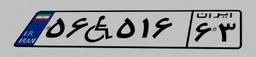
۵۲W۵۲۱۱۳